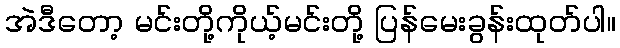
အဲဒီတော့ မင်းတို့ကိုယ့်မင်းတို့ ပြန်မေးခွန်းထုတ်ပါ။